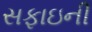
સફાઇની